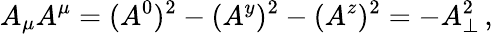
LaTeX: A_{\mu}A^{\mu}=(A^{0})^{2}-(A^{y})^{2}-(A^{z})^{2}=-A_{\perp}^{2}\, ,